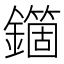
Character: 𨮱